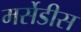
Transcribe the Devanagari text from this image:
मर्सेडीस